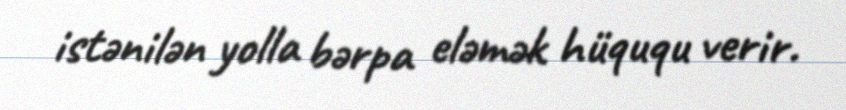
istənilən yolla bərpa eləmək hüququ verir.